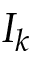
I _ { k }